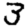
Digit: 3